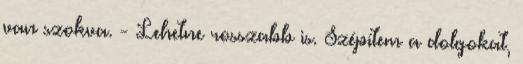
van szokva. - Lehetne rosszabb is. Szépítem a dolgokat,